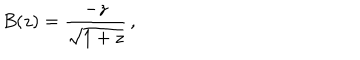
LaTeX: B ( z ) = { \frac { - z } { \sqrt { 1 + z } } } \, ,